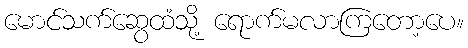
မောင်သက်ဆွေထံသို့ ရောက်မလာကြတော့ပေ။